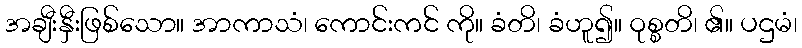
အချီးနှီးဖြစ်သော။ အာကာသံ၊ ကောင်းကင် ကို။ ခံတိ၊ ခံဟူ၍။ ဝုစ္စတိ၊ ၏။ ပဌမံ၊